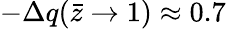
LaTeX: -\Delta q(\bar{z}\rightarrow 1)\approx 0.7